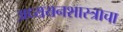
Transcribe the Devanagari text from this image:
अध्ययनशास्त्राचा